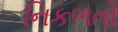
નિકળતો